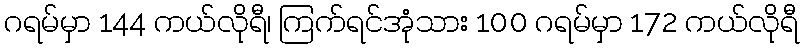
ဂရမ်မှာ 144 ကယ်လိုရီ၊ ကြက်ရင်အုံသား 100 ဂရမ်မှာ 172 ကယ်လိုရီ